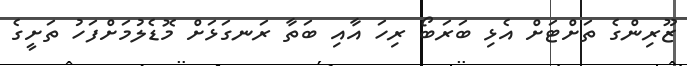
ޒޫރިންގެ ތަށްޓަށް އެޅި ބަރަބޯ ރިހަ އާއި ބަތާ ރަނގަޅަށް މޮޑެލުމަށްފަހު ތަށީގެ